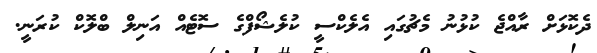
ދެކޮޅަށް ރާއްޖެ ކުޅުނު މެޗުގައި އެލެކްސީ ކުލެޝޯފްގެ ސޮޓެއް އަނިލް ބްލޮކް ކުރަނީ.